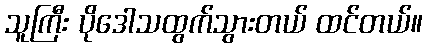
သူကြီး ပိုဒေါသထွက်သွားတယ် ထင်တယ်။